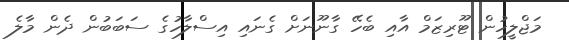
މަޖްލީހުން ޓޫރިޒަމް އާއި ބެހޭ ގާނޫނަށް ގެނައި އިސްލާހުގެ ސަބަބުން ދެން މާލެ